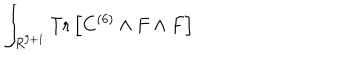
\int _ { R ^ { 9 + 1 } } \mathrm { T r } \left[ C ^ { ( 6 ) } \wedge F \wedge F \right]